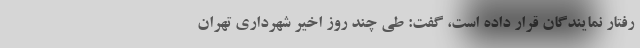
رفتار نمایندگان قرار داده است، گفت: طی چند روز اخیر شهرداری تهران